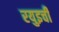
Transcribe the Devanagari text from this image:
रयुइची